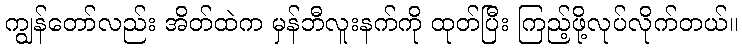
ကျွန်တော်လည်း အိတ်ထဲက မှန်ဘီလူးနက်ကို ထုတ်ပြီး ကြည့်ဖို့လုပ်လိုက်တယ်။